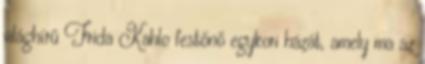
világhírű Frida Kahlo festőnő egykori házát, amely ma az